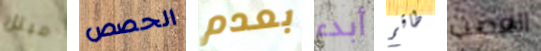
مبتل الحصص بعدم أبدء طاقم العصب